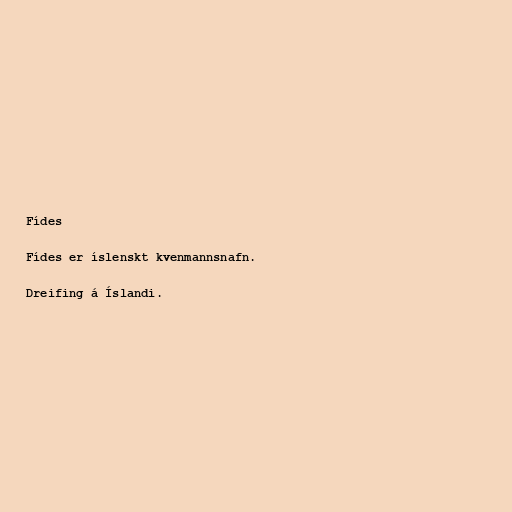
Fídes

Fídes er íslenskt kvenmannsnafn.

Dreifing á Íslandi.